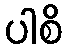
ပါစိ